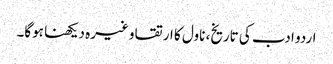
اردو ادب کی تاریخ، ناول کا ارتقا وغیرہ دیکھنا ہوگا۔